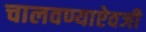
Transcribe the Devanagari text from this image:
चालवण्याऐवजी